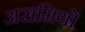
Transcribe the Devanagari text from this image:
असमियों